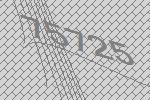
75725